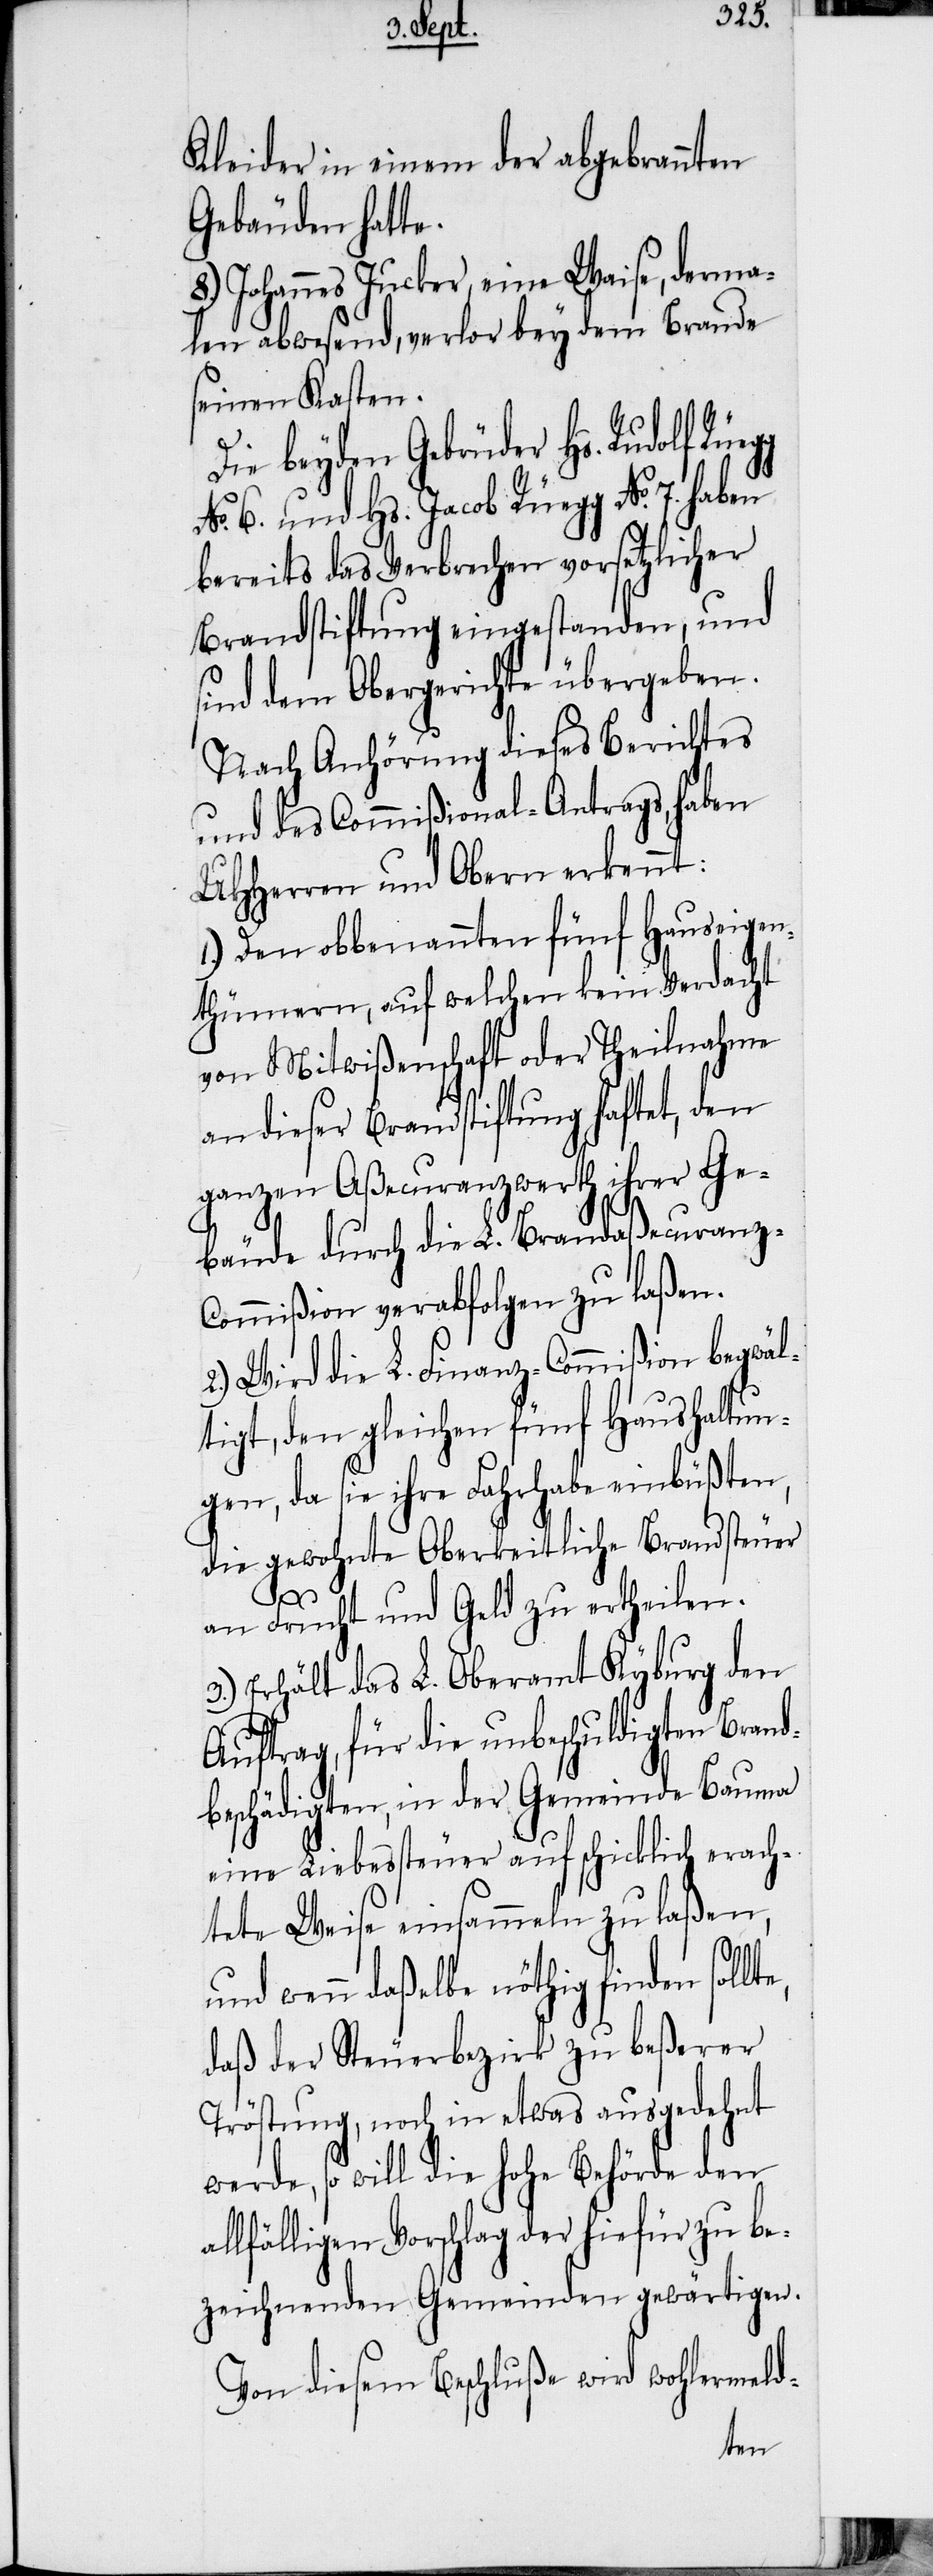
Kleider in einem der abgebrannten
Gebäuden hatte.
8.) Johannes Jucker, eine Waise, derma¬
len abwesend, verlor bey dem Brande
seinen Kasten.
Die beyden Gebrüder Hs. Rudolf
No. 6. und Hs. Jacob Rüegg No. 7. haben
bereits das Verbrechen vorsetzlicher
Brandstiftung eingestanden, und
sind dem Obergerichte übergeben.
Nach Anhörung dieses Berichtes
und des Commißional-Antrags, haben
UHHerren und Obern erkennt:
1.) Den obbenannten fünf Hauseigen¬
thümern, auf welchen kein Verdacht
von Mitwißenschaft oder Theilnahme
an dieser Brandstiftung haftet, den
ganzen Aßecuranzwerth ihrer Ge¬
bäude durch die L. Brandaßecuranz-C¬
ommißion verabfolgen zu laßen.
2.) Wird die L. Finanz-Commißion begwäl¬
tigt, den gleichen fünf Haushaltun¬
gen, da sie ihre Fahrhabe einbüßten,
die gewohnte Oberkeitliche Brandsteuer
a¬
an Frucht und Geld zu ertheilen.
3.) Erhält das L. Oberamt Kybrug den
Auftrag, für die unbeschuldigten Brand¬
beschädigten, in der Gemeinde Bauma
eine Liebessteuer auf schicklich erach¬
tete Weise einsammeln zu laßen,
und wenn daßelbe nöthig finden soll¬
daß der Steuerbezirk zu beßerer
Tröstung, noch in etwas ausgedehnt
werde, so will die hohe Behörde den
llfälligen Vorschlag der hiefür zu be¬
zeichnenden Gemeinden gewärtigen.
Von diesem Beschluße wird wohlermeld-